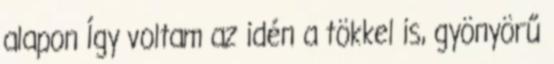
alapon Így voltam az idén a tökkel is, gyönyörű